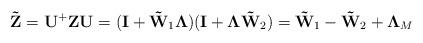
LaTeX: \begin{align*}{\bf \tilde {Z}}={\bf U}^+{\bf ZU}=({\bf I}+{\bf \tilde {W}}_1 {\bf \Lambda })({\bf I}+{\bf \Lambda \tilde {W}}_2 )={\bf \tilde {W}}_1 -{\bf \tilde {W}}_2 +{\bf \Lambda }_M\end{align*}